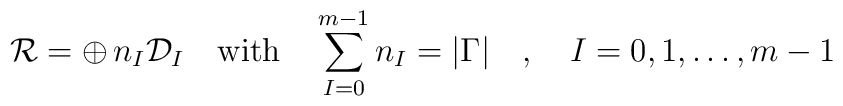
{\cal R} = \oplus \, n_I {\cal D}_I \quad \mbox{with}  \quad\sum_{I=0}^{m-1} n_I = |\Gamma| \quad , \quad I=0,1,\ldots,m-1